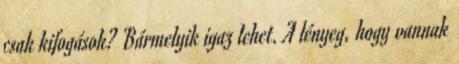
csak kifogások? Bármelyik igaz lehet. A lényeg, hogy vannak